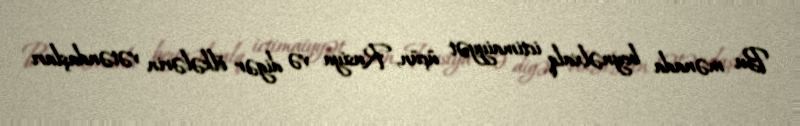
Bu mənada beynəlxalq ictimaiyyət üçün, Rusiya və digər ölkələrin vətəndaşları